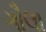
ગૌલા